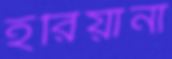
হরিয়ানা